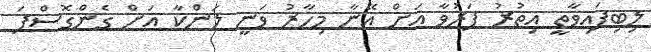
ލިބިފައިވާތީ އިތުރު ފަރުވާ އަށް އޭނާ މިހާރު ވަނީ ލަންކާ އަށް ގެންގޮސްފަ